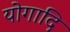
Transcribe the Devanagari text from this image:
योगादि